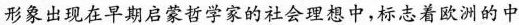
形象出现在早期启蒙哲学家的社会理想中，标志着欧洲的中